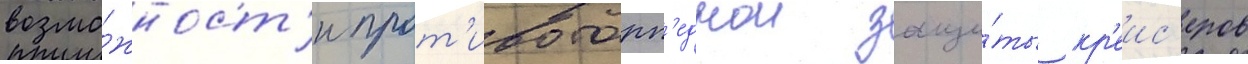
возмо́жност'и прот'ивоторп'еднои защи́ты кр'еис'еров